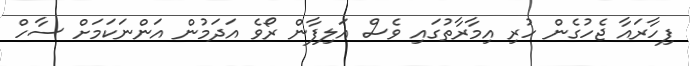
ފިހާރައާ ޖެހުގެން ހުރި އިމާރާތުގައި ވެސް އަލިފާން ރޯވެ އަދަމުން އަންނަކަމަށް ސާހް